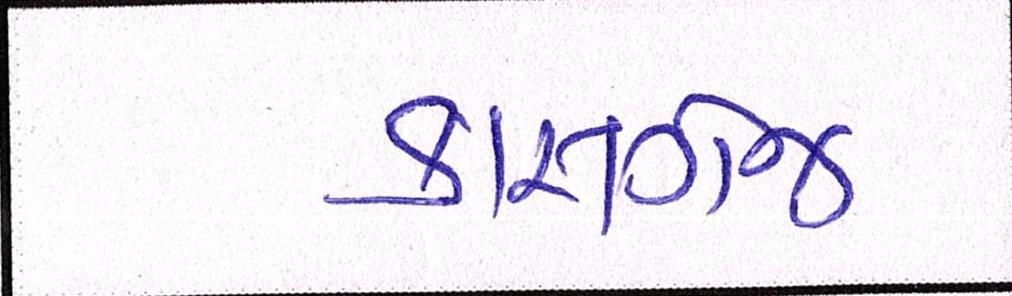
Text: કાસગંજ